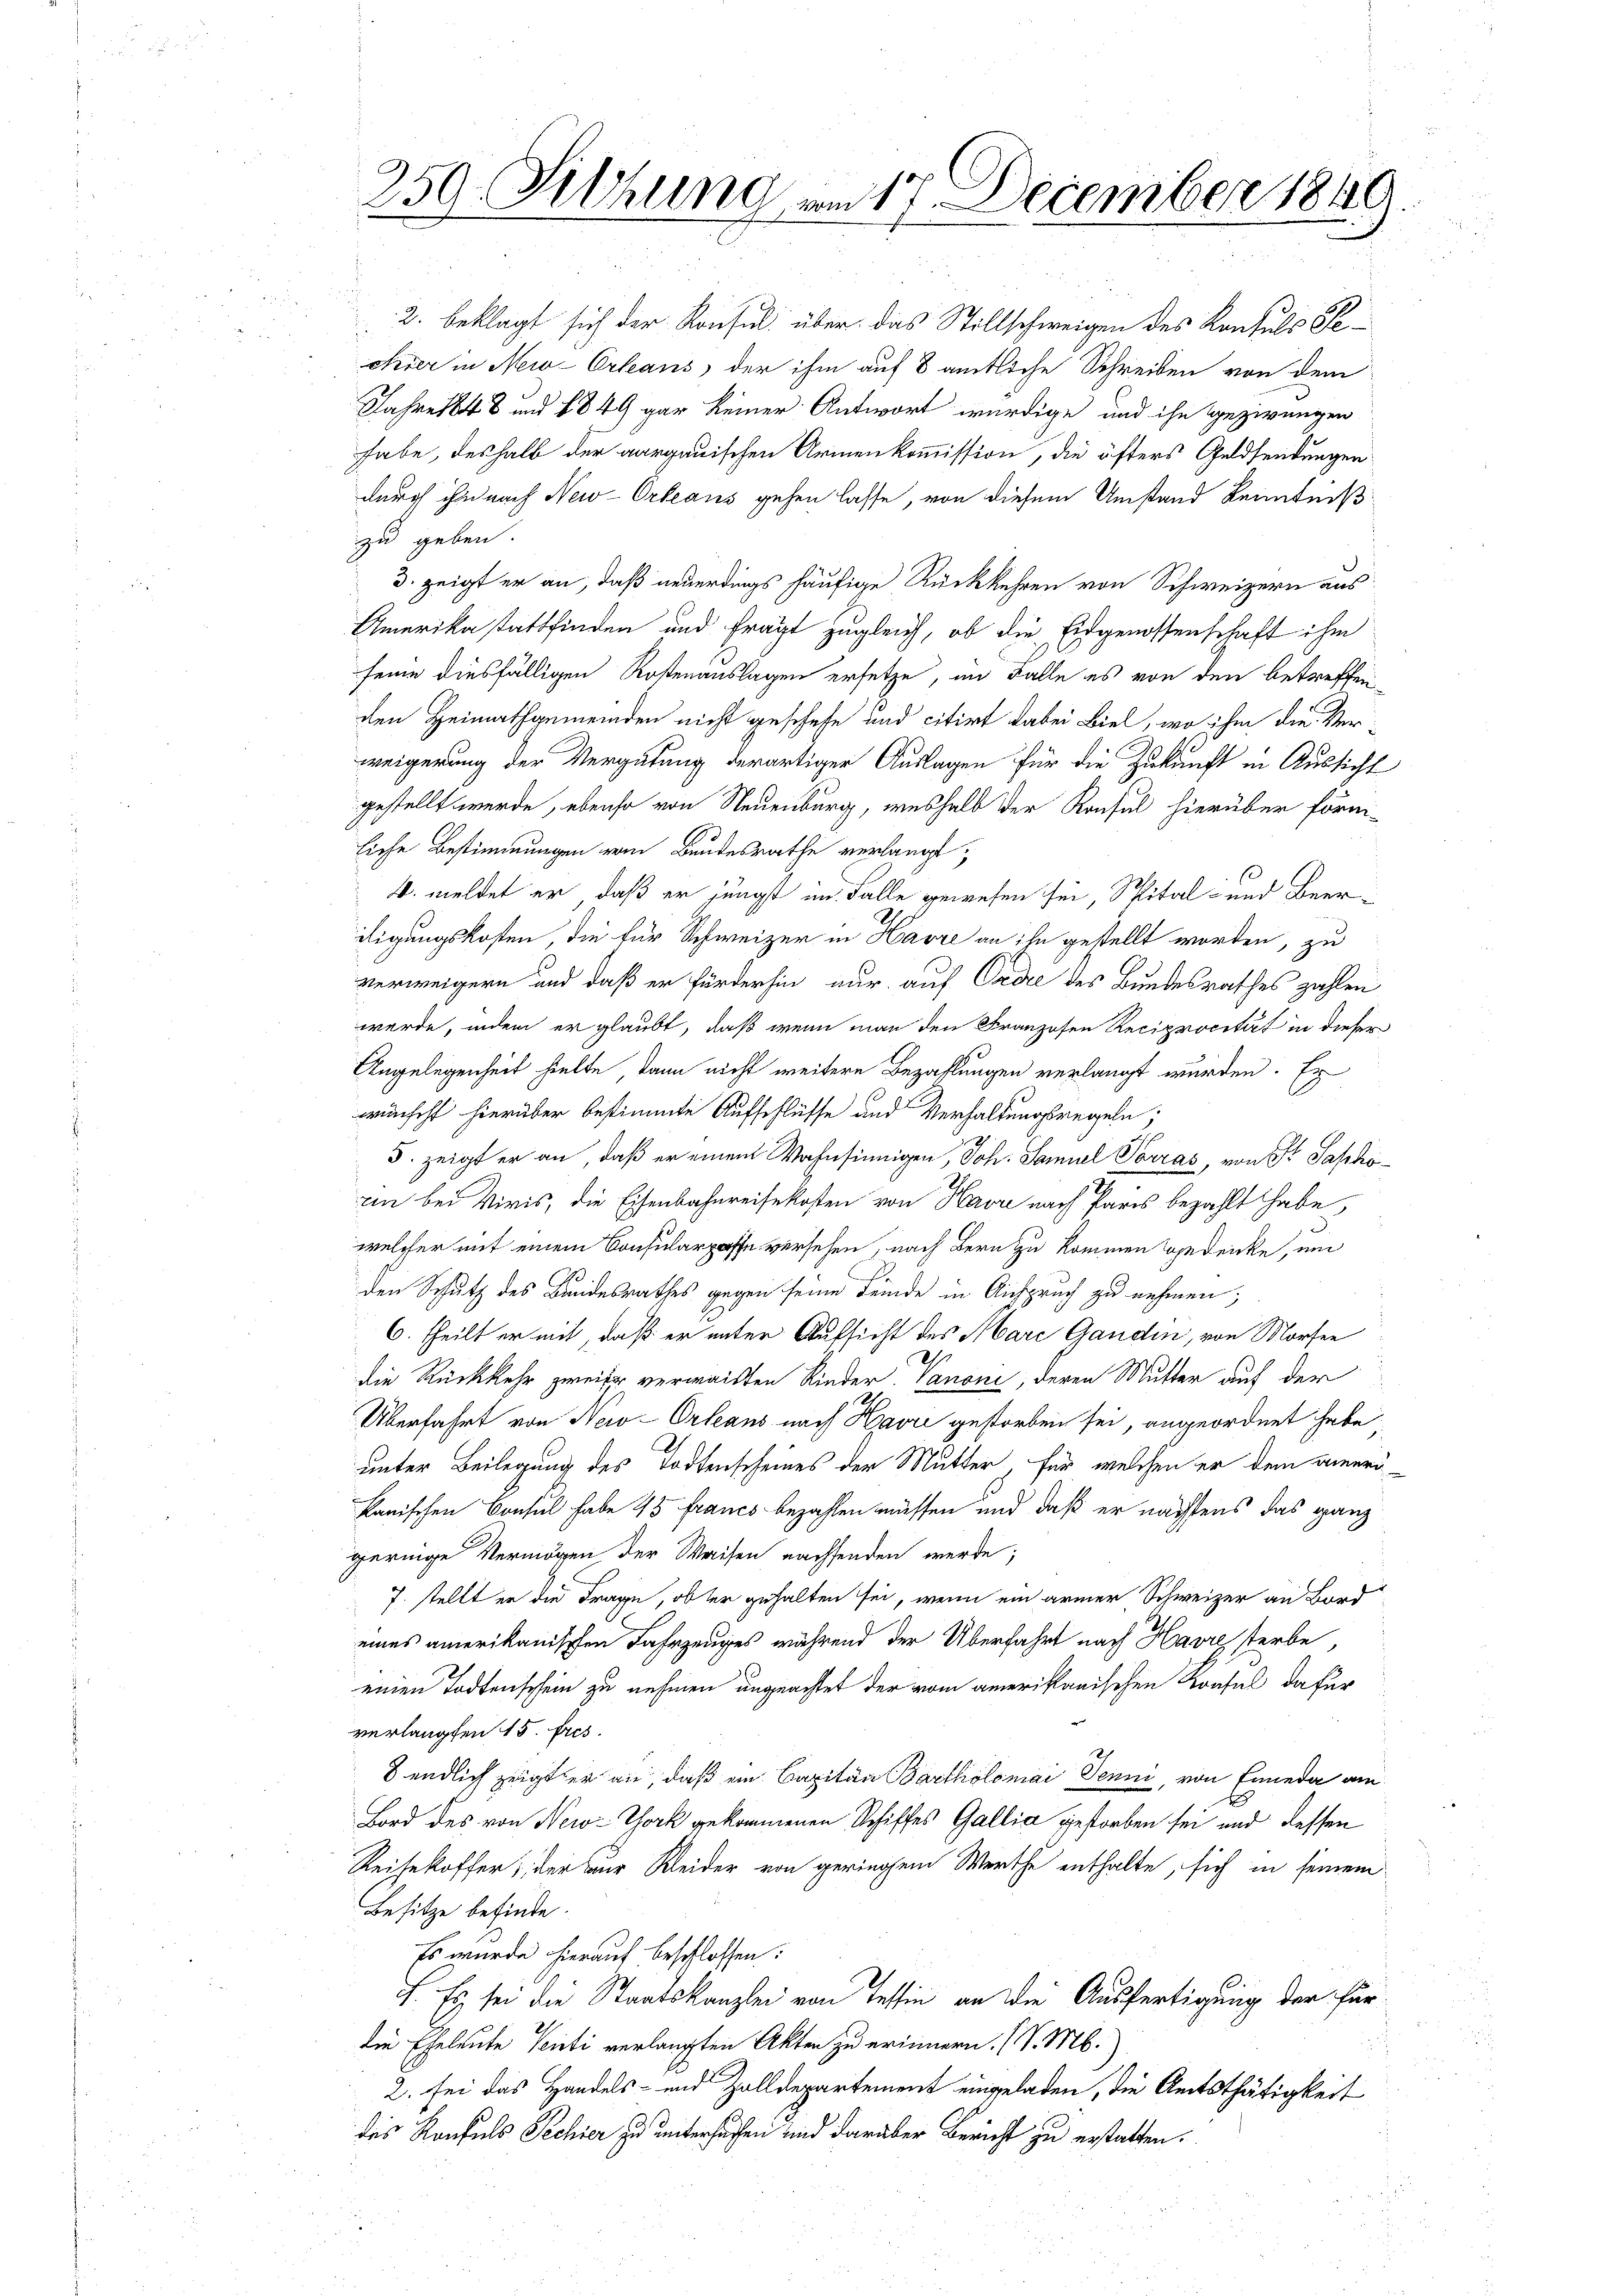
259. Sitzung am 17. December 1849.

2. beklagt sich der Konsul über das Stillschweigen des Konsuls Peehrer in New-Orleans, der ihm auf 8 amtliche Schreiben von dem
Jahre 1848 und 1849 gar keiner Antwort würdige und ihn gezirungen
habe, deshalb der aargauischen Armenkommission, die öfters Geldsendungen
durch ihn nach New-Orleans gehen lasse, von diesem Umstand Kenntniß
zu geben.
3. zeigt er an, daß neuerdings häufige Rückkehren von Schweizern aus
Amerika stattfinden und fragt zugleich, ob die Eidgenossenschaft ihm
seine diesfälligen Kostenauslagen ersetze, im Falle es von den betreffen
den Heimathgemeinden nicht geschehe und citirt dabei Biel, wo ihm die Ver-
weigerung der Vergütung derartiger Auslagen für die Zukunft in Aussicht
gestellt werde, ebenso von Neuenburg, weshalb der Konsul hierüber förm-
liche Bestimmungen vom Bundesrathe verlangt;
4. meldet er, daß er jüngst im Falle gewesen sei, Spital- und Beeriligungskosten, die für Schweizer in Havre an ihn gestellt worden, zu
verweigern und daß er fürderhin nur auf Ordre des Bundesrathes zahlen
werde, indem er glaubt, daß wenn man den Franzosen Reciprocität in dieser
Angelegenheit hielte, dann nicht weitere Bezahlungen verlangt wurden. Es
wünscht hierüber bestimmte Aufschlüsse und Verhaltungsregeln;
5. zeigt er an, daß er einen Wohnsinnigen, Joh. Samuel Vorras, von Fr. Sapho
rin bei Viris, die Eisenbahnreisekosten von Havre nach Paris bezahlt habe,
welcher mit einem Consularproffe versehen, nach Bern zu kommen gedrücke, um
den Schutz des Bundesrathes gegen seine Feinde in Anspruch zu nehmen;
6. theilt er mit, daß er unter Aufsicht des Mare Ganden, von Morfen
d
Die Rückkehr zweifer verwaisten Rieder. Canoni, deren Mutter auf der
Überfahrt von New-Orleans nach Havre gestorben sei, angeordnet habe.
unter Beilegung des Todtenscheines der Mutter, für welchen er dem aner
kanischen Consul habe 45 francs bezahlen müssen und daß er nachstens das ganz
geringe Vermögen der Waisen nachsenden werde;
7. stellt er die Frage, ob der gehalten sei, wenn ein armer Schweizer an Bord
eines amerikanischen Fahrzeuges während der Überfahrt nach Havre sterbe,
einen Todtenschein zu nehmen ungeachtet der vom amerikanischen Krafel dafür
verlangten 15. Fres.
8 endlich zeigt er an, daß ein Capitan Bartholomai Jenni, von Enneda am
Bord des von New-York gekommenen Schiffes Gallia gestorben sei und dessen
Reisekoffer, der zur Kleider von geringem Werthe enthalte, sich in seinem
Besitze befinde.
Es wurde hierauf beschlossen:
F. Es sei die Staatskanzlei von Tessin an die Ausfertigung der Fürdie Eheleute Senti verlangten Akten zu erinnern. (S. M.)
2. sei das Handels- und Zolldepartement eingeladen, die Amtsthätigkeit
des Konsuls Sechier zu untersuchen und darüber Bericht zu erstatten.